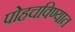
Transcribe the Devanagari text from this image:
पोहचविण्यात